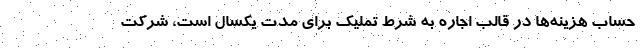
حساب هزینه‌ها در قالب اجاره به شرط تملیک برای مدت یکسال است، شرکت